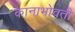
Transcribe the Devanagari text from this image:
कानाभोवती